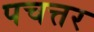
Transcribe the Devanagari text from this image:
पचत्तर